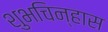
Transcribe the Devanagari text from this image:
शुभचिन्हास